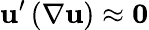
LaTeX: \mathbf{u}^{\prime}\left(\nabla\mathbf{u}\right)\approx\mathbf{0}